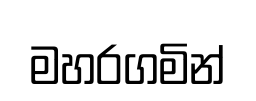
මහරගමින්